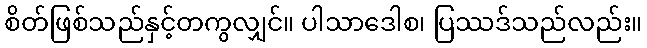
စိတ်ဖြစ်သည်နှင့်တကွလျှင်။ ပါသာဒေါစ၊ ပြဿဒ်သည်လည်း။